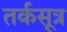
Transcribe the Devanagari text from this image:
तर्कसूत्र